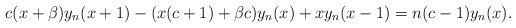
LaTeX: \begin{align*} c(x+\beta)y_{n}(x+1)-(x(c+1)+\beta c)y_{n}(x)+x y_{n}(x-1)=n(c-1) y_{n}(x).\end{align*}